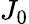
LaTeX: J_{0}